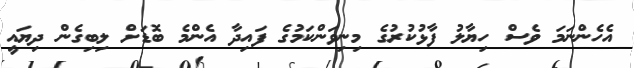
އެހެންނަމަ ވެސް ހިޔާލު ފާޅުކުރުގެ މިނިވަންކަމުގެ ފައިދާ އެންމެ ބޮޑަށް ލިބިގެން ދިޔައީ